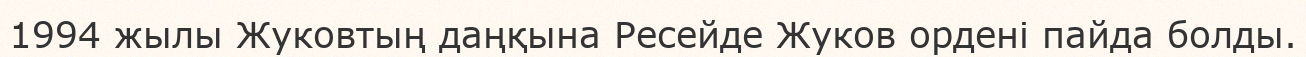
1994 жылы Жуковтың даңқына Ресейде Жуков ордені пайда болды.